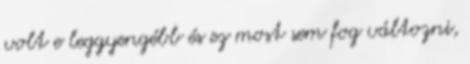
volt e leggyengébb és ez most sem fog változni,